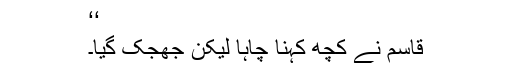
‘‘
قاسم نے کچھ کہنا چاہا لیکن جھجک گیا۔